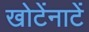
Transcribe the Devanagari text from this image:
खोटेंनाटें